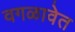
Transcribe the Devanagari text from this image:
वगळावेत